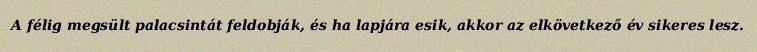
A félig megsült palacsintát feldobják, és ha lapjára esik, akkor az elkövetkező év sikeres lesz.